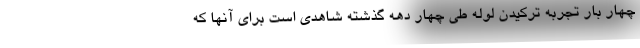
چهار بار تجربه تركيدن لوله طي چهار دهه گذشته شاهدي است براي آنها كه